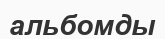
альбомды